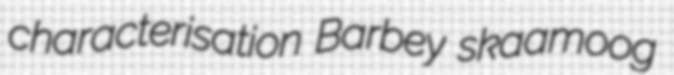
characterisation Barbey skaamoog